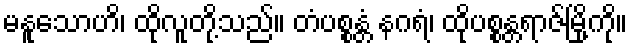
မနူသောဟိ၊ ထိုလူတို့သည်။ တံပစ္စန္တံ နဂရံ၊ ထိုပစ္စန္တရာဇ်မြို့ကို။